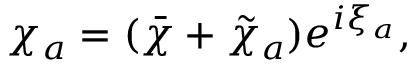
\chi _ { a } = ( \bar { \chi } + \tilde { \chi } _ { a } ) e ^ { i \xi _ { a } } ,